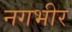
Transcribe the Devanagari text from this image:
नगभीर